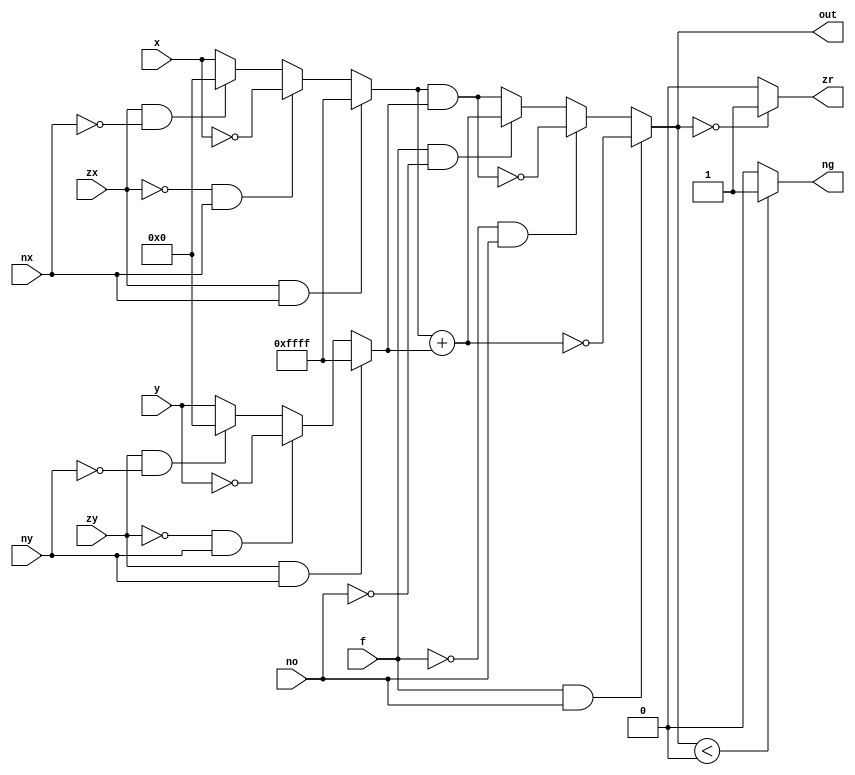
module hack_alu(
  x,y,
  zx,
  nx,
  zy,
  ny,
  f,
  no,
  out,
  zr,
  ng
);
  input       [15:0]  x,y;
  input               zx,nx,zy,ny,f,no;
  output      [15:0]  out;
  output              zr,ng;

  reg         [15:0]  effective_x, effective_y;
  reg signed  [15:0]  out;
  reg                 zr,ng;

  always @* begin
    // handle effective_x
    if (zx && nx) begin
      effective_x = 16'hffff; 
    end else if (!zx && nx) begin
      effective_x = ~x; 
    end else if (zx && !nx) begin
      effective_x = 0;
    end else begin
      effective_x = x;
    end

    // handle effective_y
    if (zy && ny) begin
      effective_y = 16'hffff;
    end else if (!zy && ny) begin
      effective_y = ~y;
    end else if (zy && !ny) begin
      effective_y = 0;
    end else begin
      effective_y = y;
    end

    // handle out
    if (f && no) begin
      out = ~(effective_x + effective_y);
    end else if (!f && no) begin
      out = ~(effective_x & effective_y);
    end else if (f && !no) begin
      out = effective_x + effective_y;
    end else begin
      out = effective_x & effective_y;
    end
 
    // handle flags
    if (out == 0) begin
      zr = 1;
    end else begin
      zr = 0;
    end
    
    if (out < 0) begin
      ng = 1;
    end else begin
      ng = 0;
    end
  end

endmodule